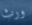
ورث